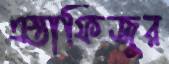
এস্তাফিজুর